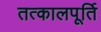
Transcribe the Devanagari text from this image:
तत्कालपूर्ति